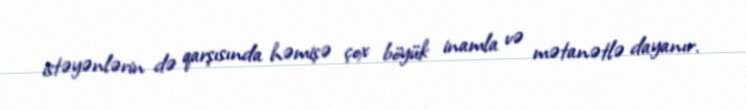
istəyənlərin də qarşısında həmişə çox böyük inamla və mətanətlə dayanır.